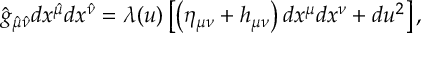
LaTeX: \hat { g } _ { \hat { \mu } \hat { \nu } } d x ^ { \hat { \mu } } d x ^ { \hat { \nu } } = \lambda ( u ) \left[ \left( \eta _ { \mu \nu } + h _ { \mu \nu } \right) d x ^ { \mu } d x ^ { \nu } + d u ^ { 2 } \right] ,